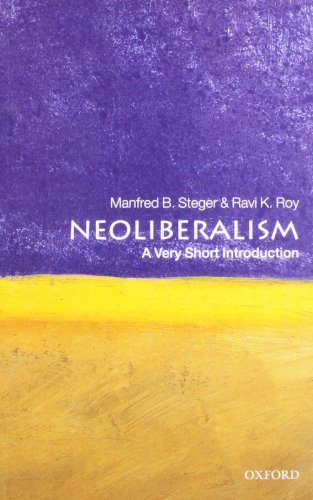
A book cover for Neoliberalism: A Very Short Introduction; Manfred B. Steger; Business & Money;